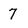
Character: 7